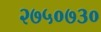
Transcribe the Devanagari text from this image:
२७५०७३०